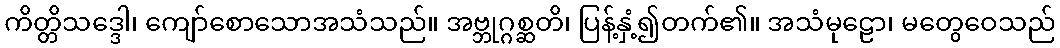
ကိတ္တိသဒ္ဒေါ၊ ကျော်စောသောအသံသည်။ အဗ္ဘုဂ္ဂစ္ဆတိ၊ ပြန့်နှံ့၍တက်၏။ အသံမုဠော၊ မတွေဝေသည်